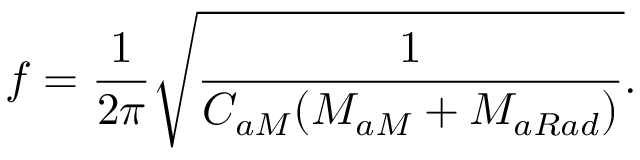
f = \frac { 1 } { 2 \pi } \sqrt { \frac { 1 } { C _ { a M } ( M _ { a M } + M _ { a R a d } ) } } .